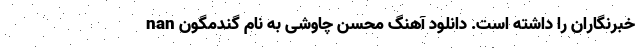
خبرنگاران را داشته است. دانلود آهنگ محسن چاوشی به نام گندمگون nan